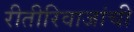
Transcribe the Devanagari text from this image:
रीतीरिवाजांची